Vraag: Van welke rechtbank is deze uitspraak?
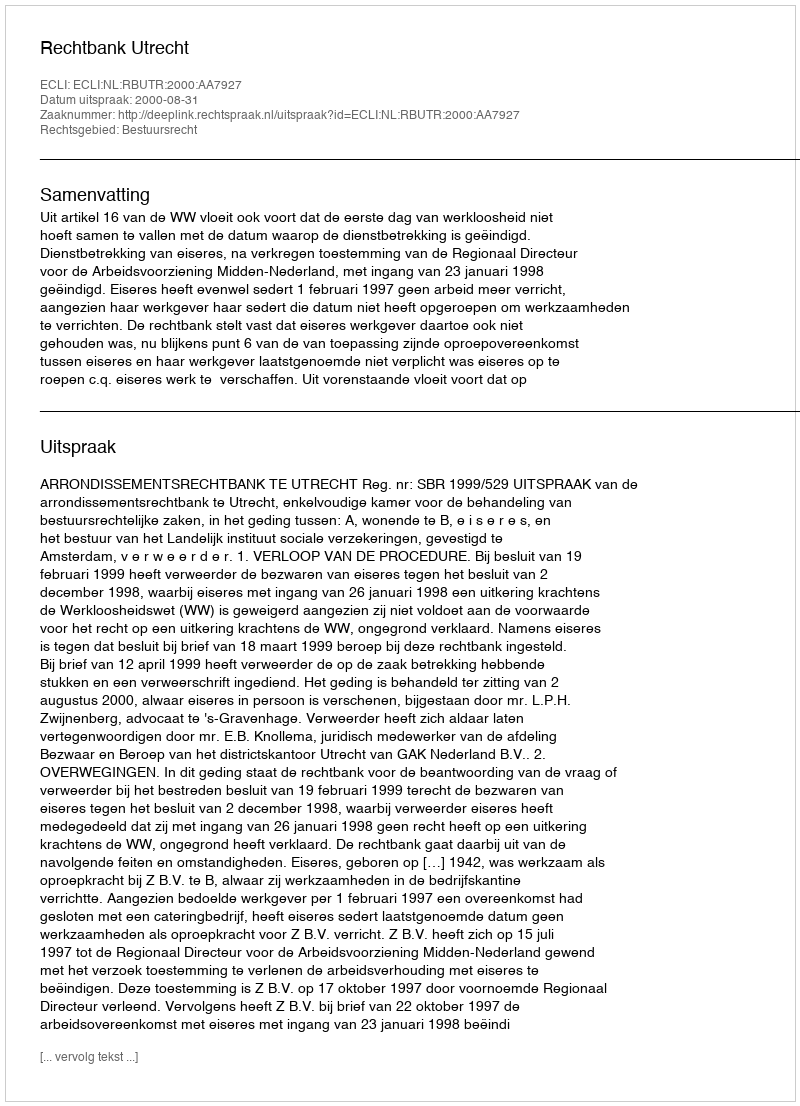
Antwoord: Rechtbank Utrecht